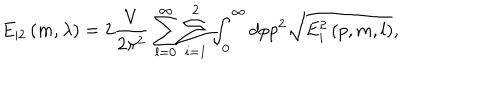
E _ { | 2 } \left( m , \lambda \right) = 2 \frac V { 2 \pi ^ { 2 } } \sum _ { l = 0 } ^ { \infty } \sum _ { i = 1 } ^ { 2 } \int _ { 0 } ^ { \infty } d p p ^ { 2 } \sqrt { E _ { i } ^ { 2 } \left( p , m , l \right) } ,